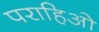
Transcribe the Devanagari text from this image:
पराहिओ